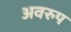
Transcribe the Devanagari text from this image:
अवरुप